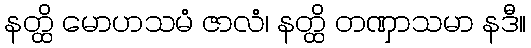
နတ္ထိ မောဟသမံ ဇာလံ၊ နတ္ထိ တဏှာသမာ နဒီ။